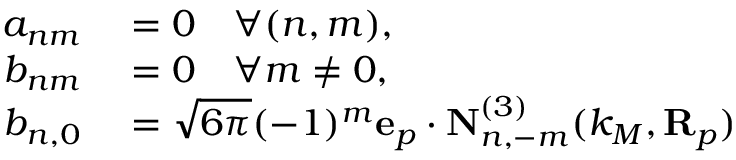
\begin{array} { r l } { a _ { n m } } & { { } = 0 \quad \forall ( n , m ) , } \\ { b _ { n m } } & { { } = 0 \quad \forall m \neq 0 , } \\ { b _ { n , 0 } } & { { } = \sqrt { 6 \pi } ( - 1 ) ^ { m } \mathbf { e } _ { p } \cdot \mathbf { N } _ { n , - m } ^ { ( 3 ) } ( k _ { M } , \mathbf { R } _ { p } ) } \end{array}